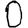
Digit: 0